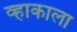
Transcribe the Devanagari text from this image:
व्हाकाला